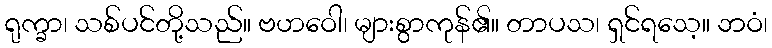
ရုက္ခာ၊ သစ်ပင်တို့သည်။ ဗဟဝေါ၊ များစွာကုန်၏။ တာပသ၊ ရှင်ရသေ့။ ဘဝံ၊